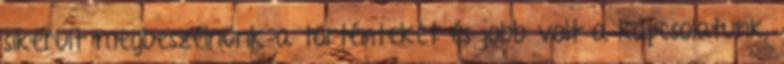
sikerült megbeszélnünk a történteket és jobb volt a kapcsolatunk,